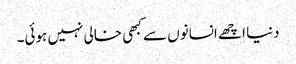
دنیا اچھے انسانوں سے کبھی خالی نہیں ہوئی۔